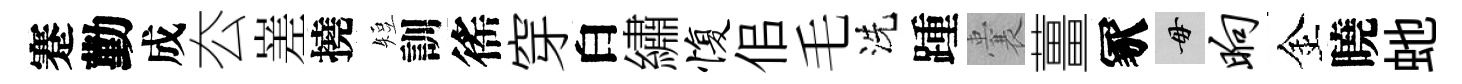
蹇勤成厺嵳撓短訓徭穿白繡愎佀毛洗踵囊薑冢毋晌金曉虵